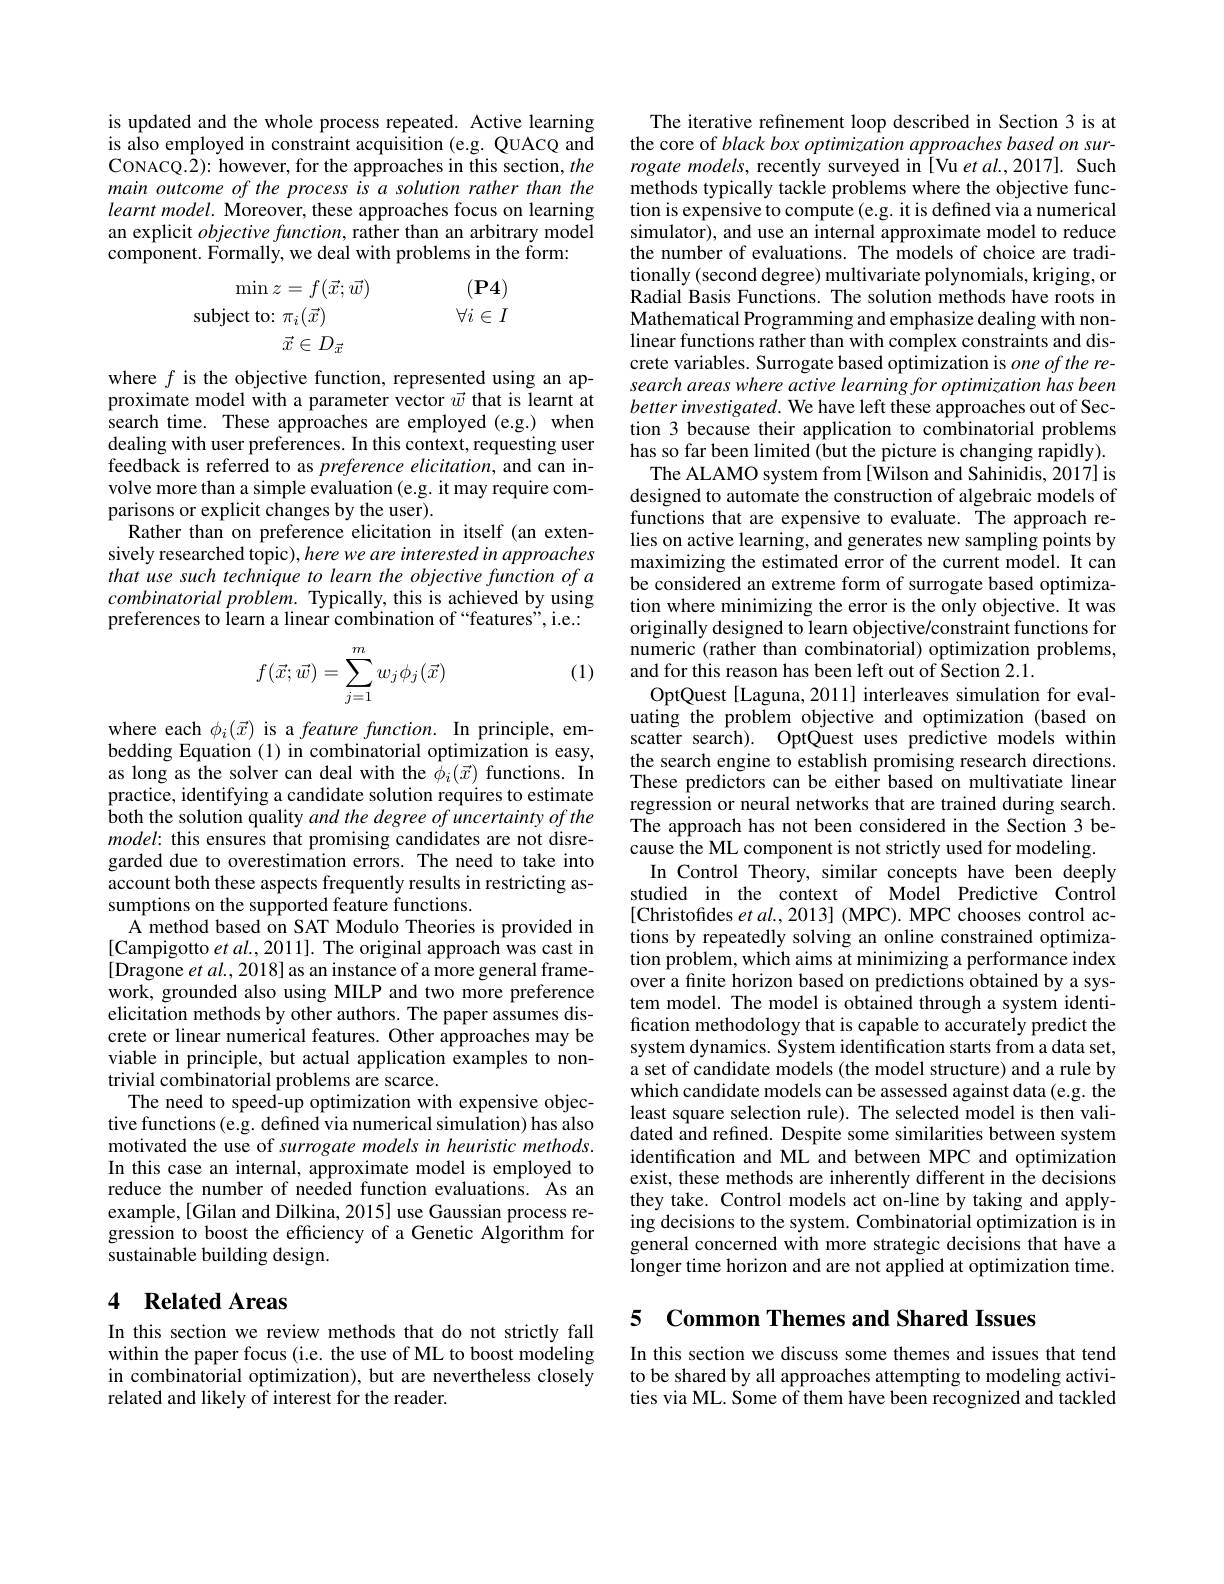
is updated and the whole process repeated. Active learning is also employed in constraint acquisition (e.g. QUACQ and CONACQ.2): however, for the approaches in this section, the main outcome of the process is a solution rather than the $learntmodel.$ Moreover, these approaches focus on learning an explicit $objectivefunction$, rather than an arbitrary model component. Formally, we deal with problems in the form:

$(\mathbf{P}4)$
$\operatorname*{min}z=f(\vec{x};\vec{w})$
$\forall i\in I$
subject to: $\pi_i(\vec{x})$
$\vec{x}\in D_{\vec{x}}$

where $f$ is the objective function, represented using an approximate model with a parameter vector $\vec{w}$ that is learnt at search time. These approaches are employed (e.g.) when dealing with user preferences. In this context, requesting user feedback is referred to as preference elicitation, and can involve more than a simple evaluation (e.g. it may require comparisons or explicit changes by the user).
Rather than on preference elicitation in itself (an extensively researched topic), here we are interested in approaches that use such technique to learn the objective function of a combinatorial problem. Typically, this is achieved by using preferences to learn a linear combination of “features”, i.e.:

(1)
$$f(\vec x;\vec w)=\sum_{j=1}^mw_j\phi_j(\vec x)$$
where each $\phi_{i}(\vec{x})$ is a feature function. In principle, embedding Equation (1) in combinatorial optimization is easy, as long as the solver can deal with the $\bar{\phi}_i(\vec{x})$ functions. In practice, identifying a candidate solution requires to estimate both the solution quality and the degree of uncertainty of the model: this ensures that promising candidates are not disregarded due to overestimation errors. The need to take into account both these aspects frequently results in restricting assumptions on the supported feature functions.
A method based on SAT Modulo Theories is provided in [Campigotto et al., 2011]. The original approach was cast in [Dragone $etal.,2018]$ as an instance of a more general framework, grounded also using MILP and two more preference elicitation methods by other authors. The paper assumes discrete or linear numerical features. Other approaches may be viable in principle, but actual application examples to nontrivial combinatorial problems are scarce.
The need to speed-up optimization with expensive objective functions(e.g. defined via numerical simulation) has also motivated the use of surrogate models in heuristic methods. In this case an internal, approximate model is employed to reduce the number of needed function evaluations. As an example, [Gilan and Dilkina, 2015] use Gaussian process regression to boost the efficiency of a Genetic Algorithm for sustainable building design.

# 4 Related Areas

In this section we review methods that do not strictly fall within the paper focus (i.e. the use of ML to boost modeling in combinatorial optimization), but are nevertheless closely related and likely of interest for the reader.

The iterative refinement loop described in Section 3 is at the core of black box optimization approaches based on surrogate models, recently surveyed in [Vu et al.,2017]. Such methods typically tackle problems where the objective function is expensive to compute (e.g. it is defined via a numerical simulator), and use an internal approximate model to reduce the number of evaluations. The models of choice are traditionally (second degree) multivariate polynomials, kriging, or Radial Basis Functions. The solution methods have roots in Mathematical Programming and emphasize dealing with nonlinear functions rather than with complex constraints and discrete variables. Surrogate based optimization is $one\textit{ofthe re- }$ search areas where active learning for optimization has been better investigated. We have left these approaches out of Section 3 because their application to combinatorial problems has so far been limited (but the picture is changing rapidly).
The ALAMO system from [Wilson and Sahinidis, 2017] is designed to automate the construction of algebraic models of functions that are expensive to evaluate. The approach relies on active learning, and generates new sampling points by maximizing the estimated error of the current model. It can be considered an extreme form of surrogate based optimization where minimizing the error is the only objective. It was originally designed to learn objective/constraint functions for numeric (rather than combinatorial) optimization problems, and for this reason has been left out of Section 2.1.
OptQuest[Laguna, 2011] interleaves simulation for evaluating the problem objective and optimization (based on scatter search). OptQuest uses predictive models within the search engine to establish promising research directions. These predictors can be either based on multivatiate linear regression or neural networks that are trained during search. The approach has not been considered in the Section 3 because the ML component is not strictly used for modeling.
In Control Theory, similar concepts have been deeply studied in the context of Model Predictive Control [Christofides $etal.,2013]$ (MPC). MPC chooses control actions by repeatedly solving an online constrained optimization problem, which aims at minimizing a performance index over a finite horizon based on predictions obtained by a system model. The model is obtained through a system identification methodology that is capable to accurately predict the system dynamics. System identification starts from a data set, a set of candidate models (the model structure) and a rule by which candidate models can be assessed against data (e.g. the least square selection rule). The selected model is then validated and refined. Despite some similarities between system identification and ML and between MPC and optimization exist, these methods are inherently different in the decisions they take. Control models act on-line by taking and applying decisions to the system. Combinatorial optimization is in general concerned with more strategic decisions that have a longer time horizon and are not applied at optimization time.

5 Common Themes and Shared Issues

In this section we discuss some themes and issues that tend to be shared by all approaches attempting to modeling activities via ML. Some of them have been recognized and tackled